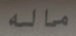
ماله